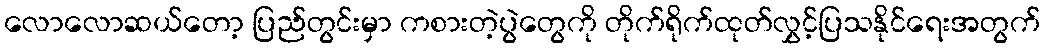
လောလောဆယ်တော့ ပြည်တွင်းမှာ ကစားတဲ့ပွဲတွေကို တိုက်ရိုက်ထုတ်လွှင့်ပြသနိုင်ရေးအတွက်